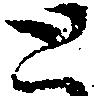
と